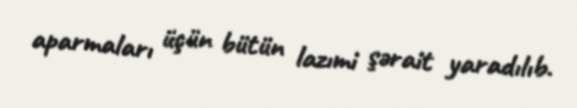
aparmaları üçün bütün lazımi şərait yaradılıb.